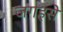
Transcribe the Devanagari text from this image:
जगहसे